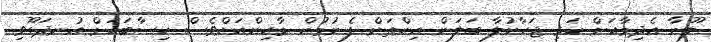
ލޫނާ އެދިމާއަށް ކަޅި ޖަހާނުލާ ބަލަން އިންތަން ފެނުމުން މާހިންއަށްވެސް ހިސާބަކަށް އުނދަގޫވި